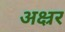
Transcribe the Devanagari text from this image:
अक्ष्रर